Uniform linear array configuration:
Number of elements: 16
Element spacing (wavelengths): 0.75
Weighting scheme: cosine
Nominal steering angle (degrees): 60
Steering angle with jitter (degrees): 61.474
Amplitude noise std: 0.05
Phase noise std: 0.05

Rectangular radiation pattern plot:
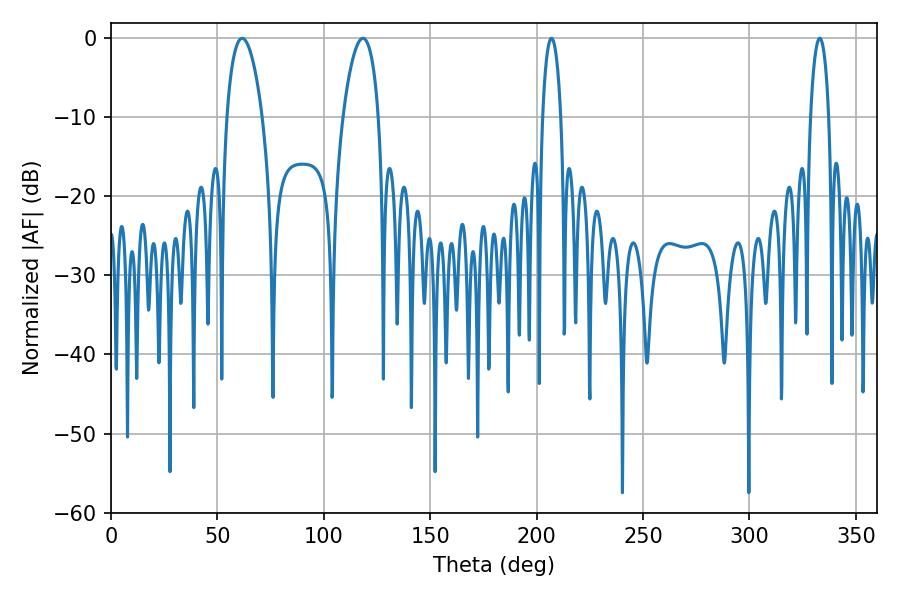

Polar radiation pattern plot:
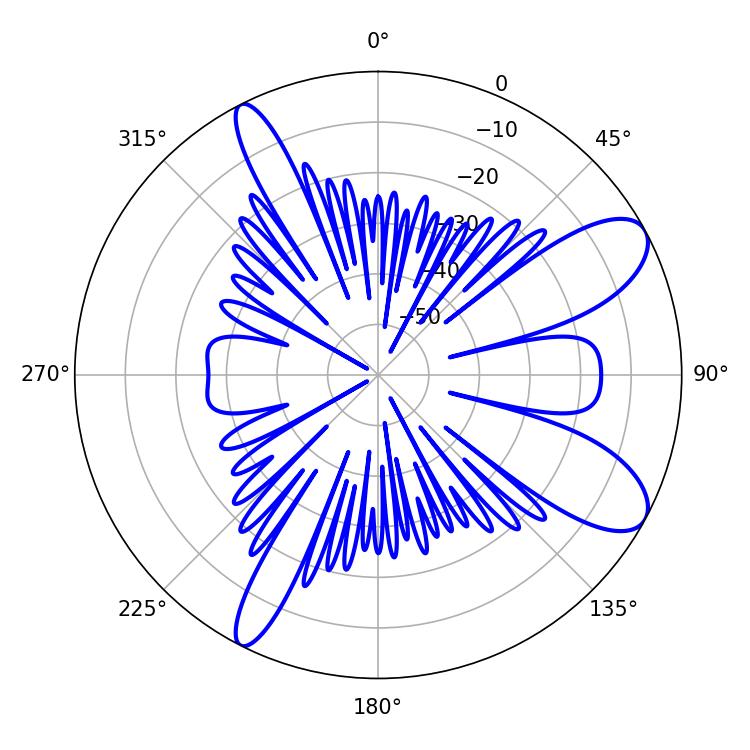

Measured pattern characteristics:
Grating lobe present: TRUE
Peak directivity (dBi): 9.391
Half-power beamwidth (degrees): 5.04
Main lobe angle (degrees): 207